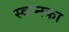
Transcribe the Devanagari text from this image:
स्वप्नका